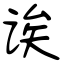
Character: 诶